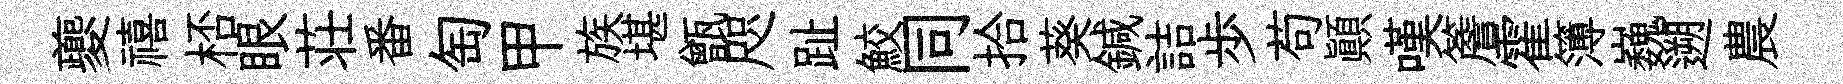
夔禧桮眼荘番匋甲族堪甑咫趾鮫同拾葵鍼詰歩苟顛嘆簷霍簿巍遡農